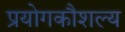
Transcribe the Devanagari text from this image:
प्रयोगकौशल्य